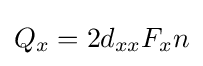
Q_{x}=2d_{xx}F_{x}n